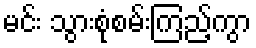
မင်း သွားစုံစမ်းကြည့်ကွာ